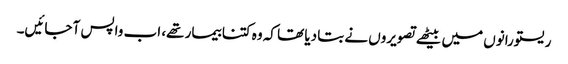
ریستورانوں میں بیٹھے تصویروں نے بتا دیا تھا کہ وہ کتنا بیمار تھے، اب واپس آ جائیں۔